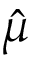
\hat { \mu }